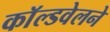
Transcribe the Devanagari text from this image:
काॅल्डवेलने